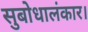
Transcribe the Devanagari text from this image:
सुबोधालंकार।